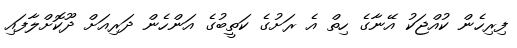
ފިރިހެން ކުއްޖަކު އޭނާގެ ހިތް އެ ރަށުގެ ކަތީބުގެ އަންހެން ދަރިއަށް ދޫކޮށްލާފައި